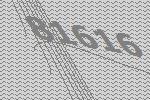
81616